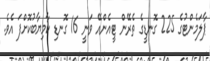
ޕާލަމެންޓުގެ 225 ގޮނޑީގެ ތެރޭން ޓީއެންއޭ ވަނީ 16 ގޮނޑި ކާމިޔާބުކޮށްފަ އެވެ.